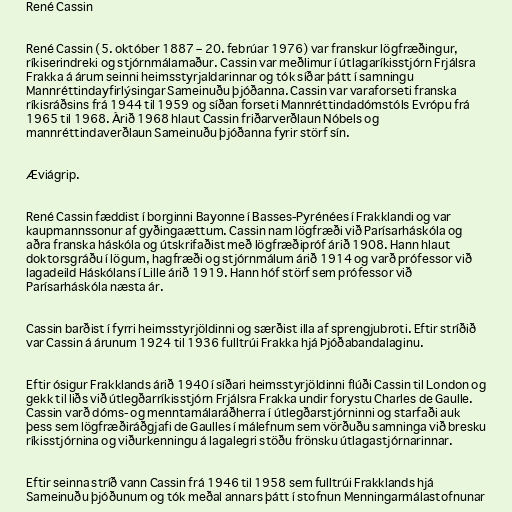
René Cassin

René Cassin (5. október 1887 – 20. febrúar 1976) var franskur lögfræðingur,
ríkiserindreki og stjórnmálamaður. Cassin var meðlimur í útlagaríkisstjórn Frjálsra
Frakka á árum seinni heimsstyrjaldarinnar og tók síðar þátt í samningu
Mannréttindayfirlýsingar Sameinuðu þjóðanna. Cassin var varaforseti franska
ríkisráðsins frá 1944 til 1959 og síðan forseti Mannréttindadómstóls Evrópu frá
1965 til 1968. Árið 1968 hlaut Cassin friðarverðlaun Nóbels og
mannréttindaverðlaun Sameinuðu þjóðanna fyrir störf sín.

Æviágrip.

René Cassin fæddist í borginni Bayonne í Basses-Pyrénées í Frakklandi og var
kaupmannssonur af gyðingaættum. Cassin nam lögfræði við Parísarháskóla og
aðra franska háskóla og útskrifaðist með lögfræðipróf árið 1908. Hann hlaut
doktorsgráðu í lögum, hagfræði og stjórnmálum árið 1914 og varð prófessor við
lagadeild Háskólans í Lille árið 1919. Hann hóf störf sem prófessor við
Parísarháskóla næsta ár.

Cassin barðist í fyrri heimsstyrjöldinni og særðist illa af sprengjubroti. Eftir stríðið
var Cassin á árunum 1924 til 1936 fulltrúi Frakka hjá Þjóðabandalaginu.

Eftir ósigur Frakklands árið 1940 í síðari heimsstyrjöldinni flúði Cassin til London og
gekk til liðs við útlegðarríkisstjórn Frjálsra Frakka undir forystu Charles de Gaulle.
Cassin varð dóms- og menntamálaráðherra í útlegðarstjórninni og starfaði auk
þess sem lögfræðiráðgjafi de Gaulles í málefnum sem vörðuðu samninga við bresku
ríkisstjórnina og viðurkenningu á lagalegri stöðu frönsku útlagastjórnarinnar.

Eftir seinna stríð vann Cassin frá 1946 til 1958 sem fulltrúi Frakklands hjá
Sameinuðu þjóðunum og tók meðal annars þátt í stofnun Menningarmálastofnunar